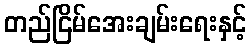
တည်ငြိမ်အေးချမ်းရေးနှင့်